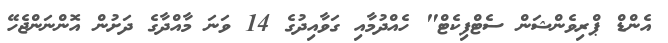
އެންޑް ޕްރިވެންޝަން ސެޓްފިކެޓް" ހެއްދުމާއި ގަވާއިދުގެ 14 ވަނަ މާއްދާގެ ދަށުން އޮންނަންޖެހޭ